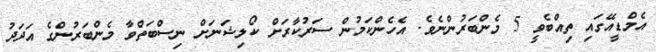
އެމްޑީއޭގައި ތިއްބެވީ 5 މެންބަރުންނެވެ. އެހެންކަމުން ސަރުކާރަށް ކޯލިޝަނަށް ނިސްބަތްވާ މެންބަރުންގެ އަދަދު